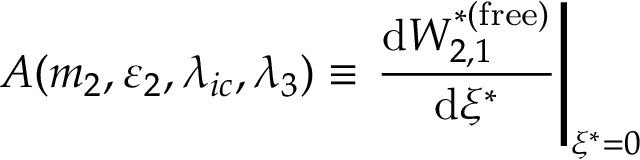
A ( m _ { 2 } , \varepsilon _ { 2 } , \lambda _ { i c } , \lambda _ { 3 } ) \equiv \left. { \frac { \operatorname { d } \! W _ { 2 , 1 } ^ { * ( \mathrm { f r e e } ) } } { \operatorname { d } \! \xi ^ { * } } } \right| _ { \xi ^ { * } = 0 }